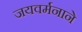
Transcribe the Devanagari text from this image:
जयवर्मनाने